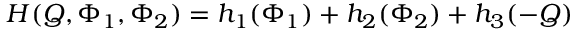
H ( Q , \Phi _ { 1 } , \Phi _ { 2 } ) = h _ { 1 } ( \Phi _ { 1 } ) + h _ { 2 } ( \Phi _ { 2 } ) + h _ { 3 } ( - Q )